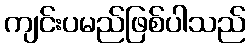
ကျင်းပမည်ဖြစ်ပါသည်